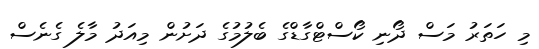
މި ހަތަރު މަސް ދޯނި ކޯސްޓްގާޑްގެ ބެލުމުގެ ދަށުން މިއަދު މާލެ ގެނެސް